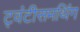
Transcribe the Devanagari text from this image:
ट्वंटीसमथिंग